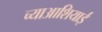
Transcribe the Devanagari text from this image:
च्याआशियाई